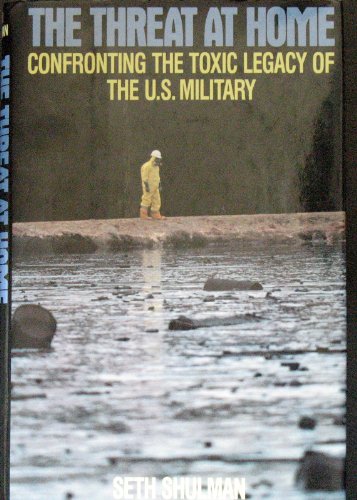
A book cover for The Threat at Home: Confronting the Toxic Legacy of the U.S. Military; Seth Shulman; Science & Math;